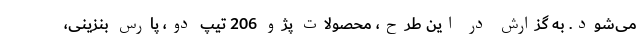
می‌شود. به گزارش در این طرح، محصولات پژو 206 تیپ دو، پارس بنزینی،